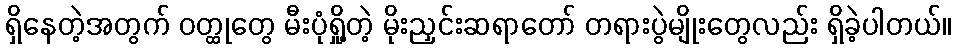
ရှိနေတဲ့အတွက် ဝတ္ထုတွေ မီးပုံရှို့တဲ့ မိုးညှင်းဆရာတော် တရားပွဲမျိုးတွေလည်း ရှိခဲ့ပါတယ်။